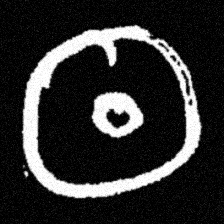
Pyu character \u2014 Myanmar letter: ထ (romanized: tha)